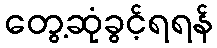
တွေ့ဆုံခွင့်ရရန်